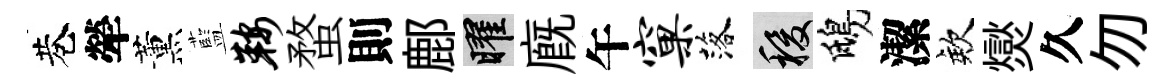
巷犖薰藍鞍蝥則鄜曜廐午窠落稷鴟潔欸爕久勿